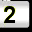
Digit: 2